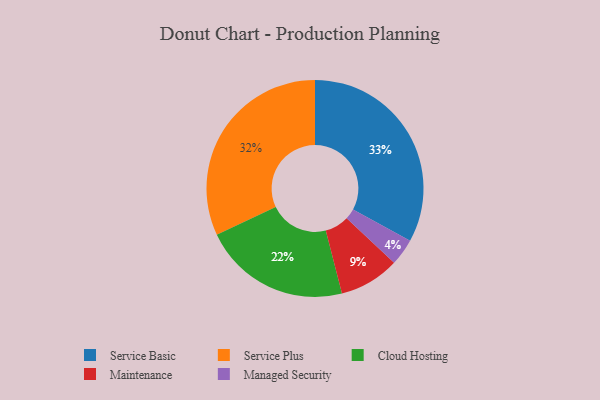
{"axis": {"x": "Category", "y": "Percentage"}, "legend": ["Cloud Hosting", "Maintenance", "Managed Security", "Service Basic", "Service Plus"], "data": [{"x": "Service Basic", "y": 33, "type": "Service Basic"}, {"x": "Maintenance", "y": 9, "type": "Maintenance"}, {"x": "Cloud Hosting", "y": 22, "type": "Cloud Hosting"}, {"x": "Service Plus", "y": 32, "type": "Service Plus"}, {"x": "Managed Security", "y": 4, "type": "Managed Security"}]}